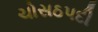
ચોસઠપદી